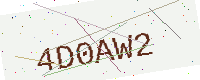
Text: 4D0AW2